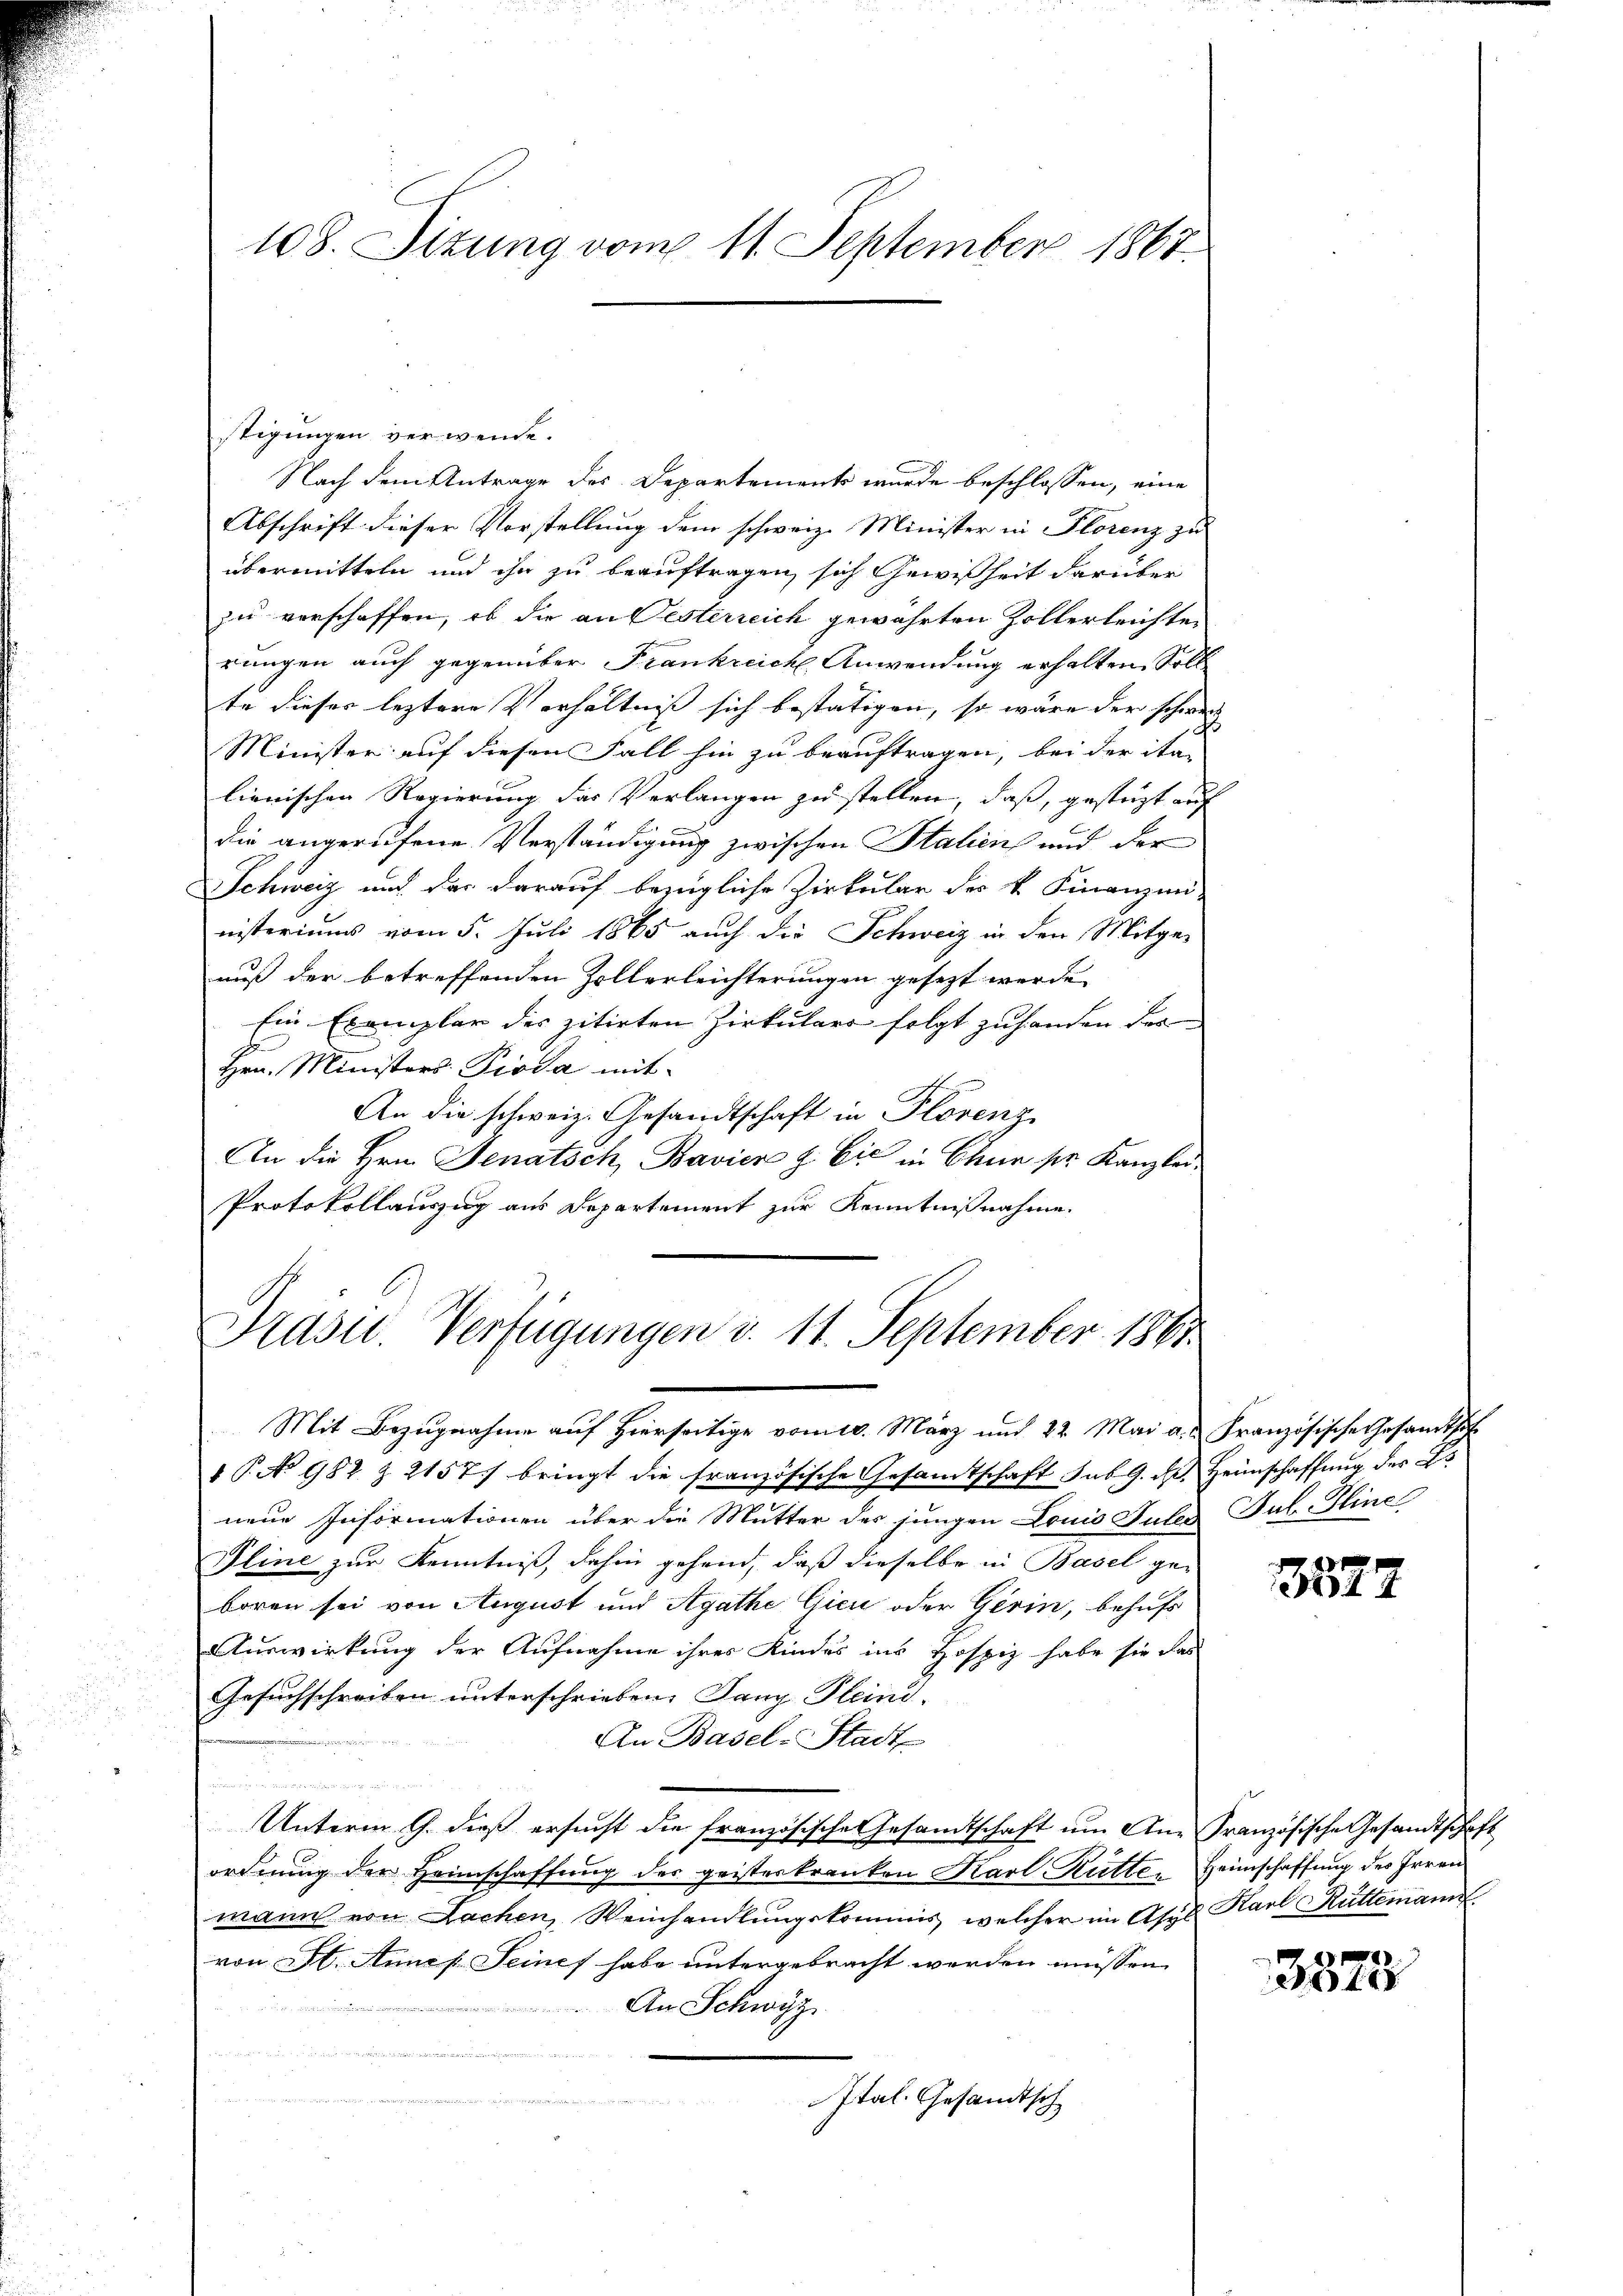
108. Sizung vom 11. September 1867.

stigungen verwende.
Nach dem Antrage des Departement wurde beschlossen, eine
Abschrift dieser Vorstellung dem schweiz. Minister in Florenz zu
übermitteln und ihn zu beauftragen, sich Gewißheit darüber
zu verschaffen, ob die an Jesterreich gewährten Zollerleichte
rungen auch gegenüber Frankreich Anwendung erhalten Soll
te dieser leztere Verhältniss sich bestätigen, so wäre der schwere
Minister auf diesen Fall hin zu beauftragen, bei der ita
lienischen Regierung das Verlangen zu stellen, daß, gesteht auf
die angerufene Verständigung zwischen Stalien und der
Schweiz und der darauf bezügliche Zirkular des k. Finanzmei-
nisteriums vom 5. Juli 1865 auch die Schweiz in den Mitge-
auß der betreffenden Zollerleichterungen gesezt werde
Ein Exemplar des zitirten Zirkulars folgt zu handen das
Hrn. Ministers Pioda mit
An die schweiz. Gesandtschaft in Plorenz
An die Hrn. Jenatsch, Bavier & Cie in Chur pr. Kanzlei-
Protokollauszug aus Departement zur Kenntnißnahme.

Präsid.. Verfügungen d. 11. September 1861.

Mit Bezugnahme auf hierseitige vom 10. März und 22. Mai a. u. Französische Gesandtsch
1 P. No 982 Z. 2157 bringt die französische Gesamtschaft sub. G. d. Heimschaffung des Es
neue Informationen über die Mutter des jungen Louis Jules Jul-Iline
Pline zur Kenntniß, dahin gehend, daß dieselbe in Basel ge-
boren sei von August und Agathe Gien oder Gerin, behufs
Auswirkung der Aufnahme ihres Kindes ins Hospiz habe sie das
Gesuchschreiben unterschrieben. Jany Pleind-
An Basel-Stadt-
Unterm 9. dieß ersucht die französische Gesandtschaft um An-Französische Gesandtschaft
ordnung der Heimschaffung des geisteskranken Karl Rutter Heimschaffung des Irren
mann von Lachen, Weinhandlungskommis, welcher im Asyl Karl Rüttimann
von St. Annef Seinef habe untergebracht werden müssen
u in der
An Schwyz

Ital. Gesandtsch

e
47

3373